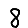
Digit: 8